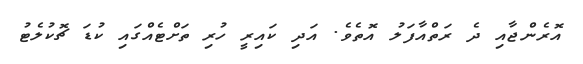
އޮރެންޖާއި ދެ ރަތްއާފަލު އޮތެވެ. އަދި ކައިރީ ހުރި ތަށްޓެއްގައި ކުޑަ ޗޮކުލެޓު